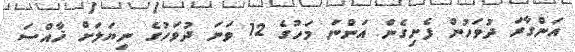
އަންގާރަ ދުވަހުން ފެށިގެން އަންނަ މަހުގެ 12 ވަނަ ދުވަހުގެ ނިޔަލަށް ޚާއްސަ